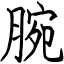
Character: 腕